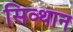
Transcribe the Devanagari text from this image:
सिव्थान